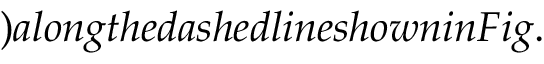
) a l o n g t h e d a s h e d l i n e s h o w n i n F i g .